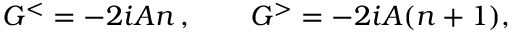
G ^ { < } = - 2 i { \cal A } n \, , \qquad G ^ { > } = - 2 i { \cal A } ( n + 1 ) ,